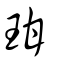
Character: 玵